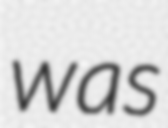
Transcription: was